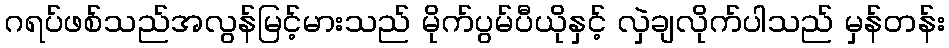
ဂရပ်ဖစ်သည်အလွန်မြင့်မားသည် မိုက်ပွမ်ပီယိုနှင့် လှဲချလိုက်ပါသည် မှန်တန်း